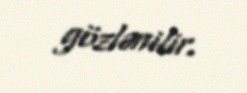
gözlənilir.